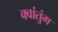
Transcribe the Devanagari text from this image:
क्वांतुंग